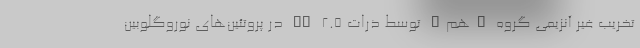
تخریب غیر آنزیمی گروه "هِم" توسط ذرات PM ۲.۵ در پروتئین‌های نوروگلوبین